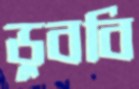
ডুববি